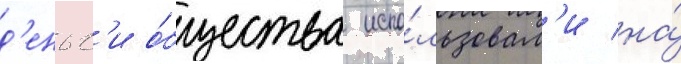
д'еньг'и о́бщества испо́льзовал'и на́